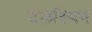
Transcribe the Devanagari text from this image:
टेलस्पिन